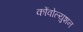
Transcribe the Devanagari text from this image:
कोंवोल्युशन